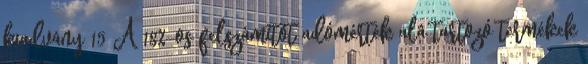
kiadvány 15 A 18%-os felszámítót adómérték alá tartozó termékek